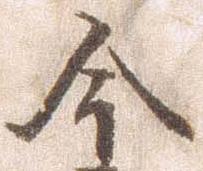
今